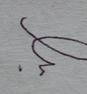
Signature authenticity: forged